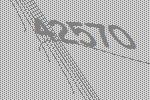
42570